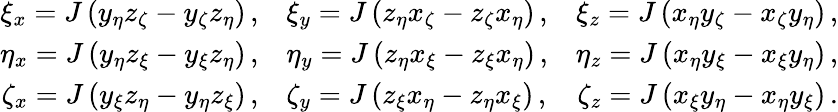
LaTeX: \begin{array}{rlr}{{\xi_{x}=J\left(y_{\eta}z_{\zeta}-y_{\zeta}z_{\eta}\right)\, \mathrm{,}}}&{{\xi_{y}=J\left(z_{\eta}x_{\zeta}-z_{\zeta}x_{\eta}\right)\, \mathrm{,}}}&{{\xi_{z}=J\left(x_{\eta}y_{\zeta}-x_{\zeta}y_{\eta}\right)\, \mathrm{,}}}\\ {{\eta_{x}=J\left(y_{\eta}z_{\xi}-y_{\xi}z_{\eta}\right)\, \mathrm{,}}}&{{\eta_{y}=J\left(z_{\eta}x_{\xi}-z_{\xi}x_{\eta}\right)\, \mathrm{,}}}&{{\eta_{z}=J\left(x_{\eta}y_{\xi}-x_{\xi}y_{\eta}\right)\, \mathrm{,}}}\\ {{\zeta_{x}=J\left(y_{\xi}z_{\eta}-y_{\eta}z_{\xi}\right)\, \mathrm{,}}}&{{\zeta_{y}=J\left(z_{\xi}x_{\eta}-z_{\eta}x_{\xi}\right)\, \mathrm{,}}}&{{\zeta_{z}=J\left(x_{\xi}y_{\eta}-x_{\eta}y_{\xi}\right)\, \mathrm{.}}}\end{array}